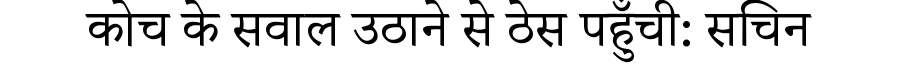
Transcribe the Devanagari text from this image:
कोच के सवाल उठाने से ठेस पहुँची: सचिन